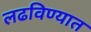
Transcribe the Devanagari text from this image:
लढविण्यात